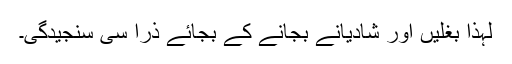
لہٰذا بغلیں اور شادیانے بجانے کے بجائے ذرا سی سنجیدگی۔